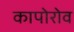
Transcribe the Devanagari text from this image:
कापोरोव